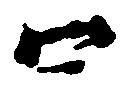
口